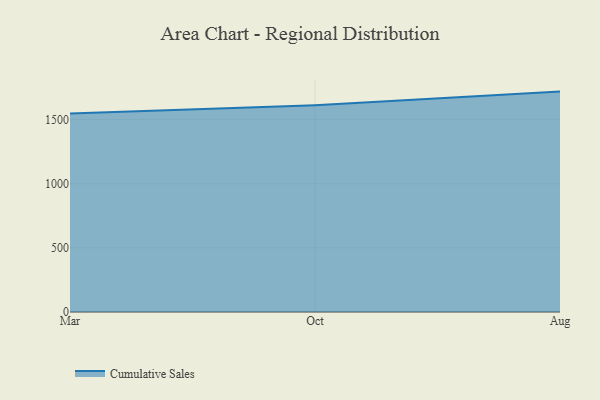
{"axis": {"x": "Month", "y": "Production Output"}, "legend": ["Cumulative Sales"], "data": [{"x": "Mar", "y": 1548.5, "type": "Cumulative Sales"}, {"x": "Oct", "y": 1612.6, "type": "Cumulative Sales"}, {"x": "Aug", "y": 1718.7, "type": "Cumulative Sales"}]}